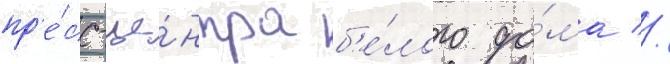
пр'е́сс-це́нтра б'е́лого до́ма //